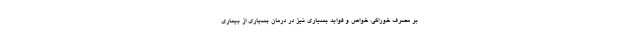
بر مصرف خوراکی، خواص و فواید بسیاری نیز در درمان بسیاری از بیماری